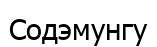
Содэмунгу